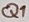
Text: Q1